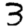
Digit: 3